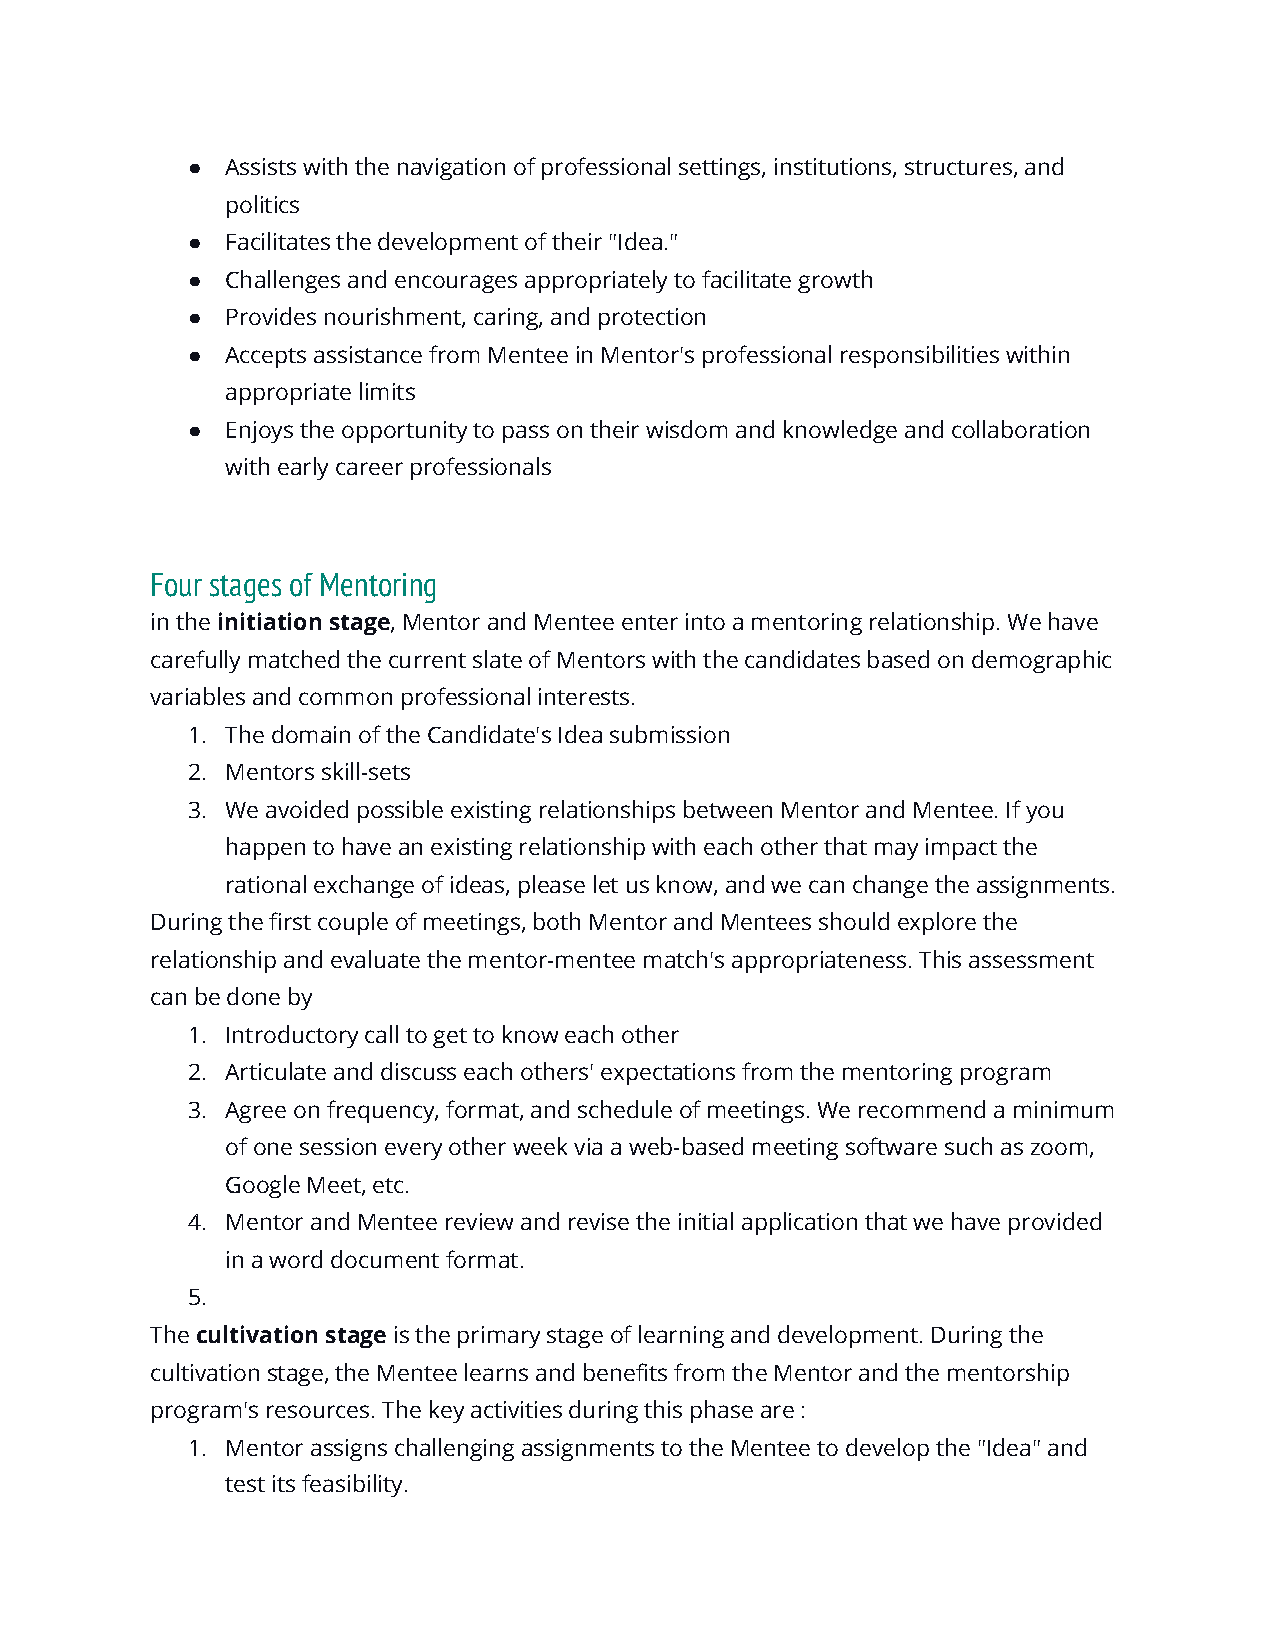
●  Assists with the navigation of professional settings, institutions, structures, and
 politics
 ●  Facilitates the development of their "Idea."
 ●  Challenges and encourages appropriately to facilitate growth
 ●  Provides nourishment, caring, and protection
 ●  Accepts assistance from Mentee in Mentor's professional responsibilities within
 appropriate limits
 ●  Enjoys the opportunity to pass on their wisdom and knowledge and collaboration
 with early career professionals
 Four stages of Mentoring
 in the ​initiation stage,​ Mentor and Mentee enter into a mentoring relationship. We have
 carefully matched the current slate of Mentors with the candidates based on demographic
 variables and common professional interests.
 1. The domain of the Candidate's Idea submission
 2. Mentors skill-sets
 3. We avoided possible existing relationships between Mentor and Mentee. If you
 happen to have an existing relationship with each other that may impact the
 rational exchange of ideas, please let us know, and we can change the assignments.
 During the first couple of meetings, both Mentor and Mentees should explore the
 relationship and evaluate the mentor-mentee match's appropriateness. This assessment
 can be done by
 1. Introductory call to get to know each other
 2. Articulate and discuss each others' expectations from the mentoring program
 3. Agree on frequency, format, and schedule of meetings. We recommend a minimum
 of one session every other week via a web-based meeting software such as zoom,
 Google Meet, etc.
 4. Mentor and Mentee review and revise the initial application that we have provided
 in a word document format.
 5.
 The ​cultivation stage ​is the primary stage of learning and development. During the
 cultivation stage, the Mentee learns and benefits from the Mentor and the mentorship
 program's resources. The key activities during this phase are :
 1. Mentor assigns challenging assignments to the Mentee to develop the "Idea" and
 test its feasibility.